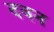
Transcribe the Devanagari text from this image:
दवन